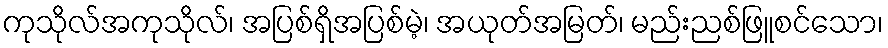
ကုသိုလ်အကုသိုလ်၊ အပြစ်ရှိအပြစ်မဲ့၊ အယုတ်အမြတ်၊ မည်းညစ်ဖြူစင်သော၊